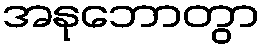
အနုဘောတွာ